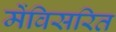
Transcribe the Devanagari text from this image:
मेंविसरित